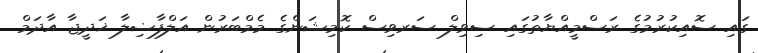
ގައި ސޮއިކުރުމުގެ ރަސްމީއްޔާތުގައި ސިވިލް ސަރވިސް ކޮމިޝަންގެ މެމްބަރުން އަލްފާޟިލާ ޚަދީޖާ އާދަމް